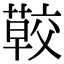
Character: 𦺏